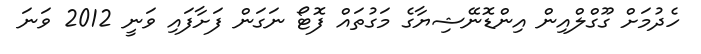
ހެދުމަށް ގޫގްލްއިން އިންޑޮނޭޝިޔާގެ މަގުތައް ފޮޓޯ ނަގަން ފަށާފައި ވަނީ 2012 ވަނަ